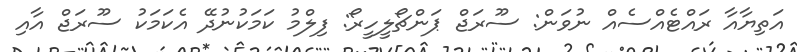
އަތިޔާއާ ރައްޓެއްސެއް ނުވަން: ސޫރަޖް ޕަންޗޯލީހީރޯ: ފިލްމު ކަމަކުނުދޭ އެކަމަކު ސޫރަޖް އާއި